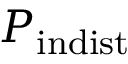
P _ { \mathrm { i n d i s t } }